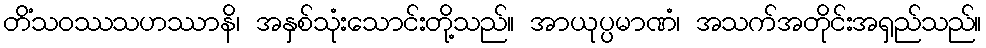
တိံသဝဿသဟဿာနိ၊ အနှစ်သုံးသောင်းတို့သည်။ အာယုပ္ပမာဏံ၊ အသက်အတိုင်းအရှည်သည်။